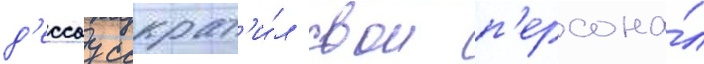
д'ессау сократ'и́л свои п'ерсона́л